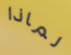
لماذا